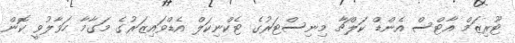
ޓޫރިޒަމް އާޓްސް އެންޑް ކަލްޗާ މިނިސްޓަރުގެ ޓެކްނިކަލް އެޑްވައިޒަރުގެ މަގާމާ ހަވާލުވީ ކޮން